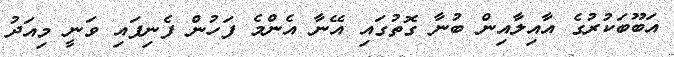
އަބޫބަކުރުގެ އާއިލާއިން ބުނާ ގޮތުގައި އޭނާ އެންމެ ފަހުން ފެނިފައި ވަނީ މިއަދު